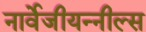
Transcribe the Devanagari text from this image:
नार्वेजीयन्नील्स